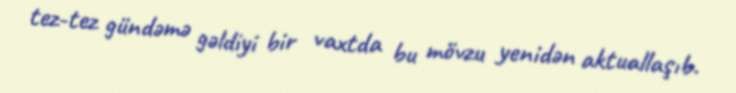
tez-tez gündəmə gəldiyi bir vaxtda bu mövzu yenidən aktuallaşıb.